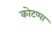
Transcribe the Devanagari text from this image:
कोटप्‍पा